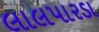
લાલપારડા